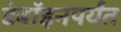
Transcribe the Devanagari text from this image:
डेबॉइनपर्यंत